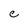
Character: e